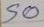
50